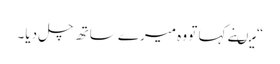
“ میںنے کہا تو وہ میرے ساتھ چل دیا۔